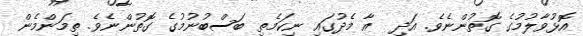
އޮޅުވާލުމުގެ ގޮތުންނެވެ. އަދި  އާ މެދުގައި ނިކަމެތި ބަސްބުނުމުގެ ގޮތުންނެވެ. ތިމަންމެން